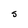
Character: 5